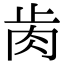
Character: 𦙡